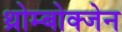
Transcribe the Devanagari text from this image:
थ्रोम्बोक्जेन